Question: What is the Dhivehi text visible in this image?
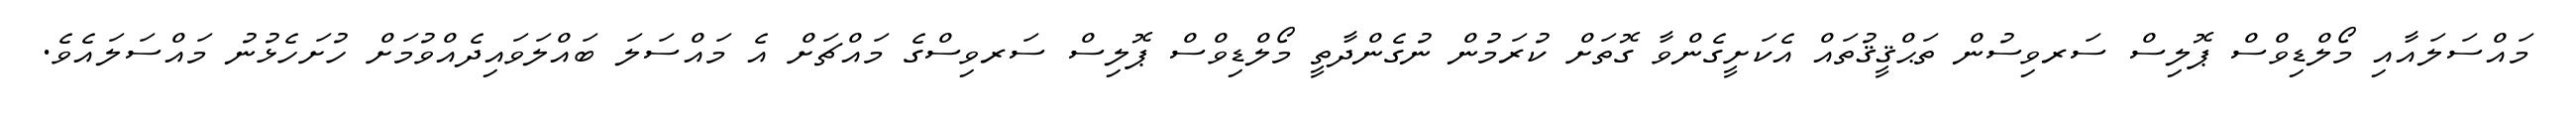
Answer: މައްސަލައާއި މޯލްޑިވްސް ޕޮލިސް ސަރވިސުން ތަޙްޤީޤުތައް އެކަށީގެންވާ ގޮތަށް ކުރަމުން ނުގެންދާތީ މޯލްޑިވްސް ޕޮލިސް ސަރވިސްގެ މައްޗަށް އެ މައްސަލަ ބައްލަވައިދެއްވުމަށް ހުށަހެޅުނު މައްސަލައެވެ.